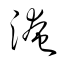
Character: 淹